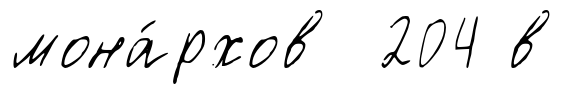
мона́рхов 204 в